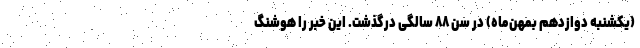
(یکشنبه دوازدهم بمهن‌ماه) در سن ۸۸ سالگی درگذشت. این خبر را هوشنگ